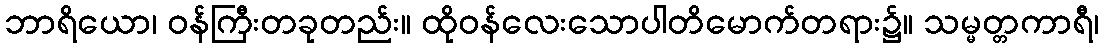
ဘာရိယော၊ ဝန်ကြီးတခုတည်း။ ထိုဝန်လေးသောပါတိမောက်တရား၌။ သမ္မတ္တကာရီ၊